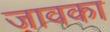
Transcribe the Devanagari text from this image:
जावका